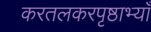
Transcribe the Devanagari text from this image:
करतलकरपृष्ठाभ्याँ